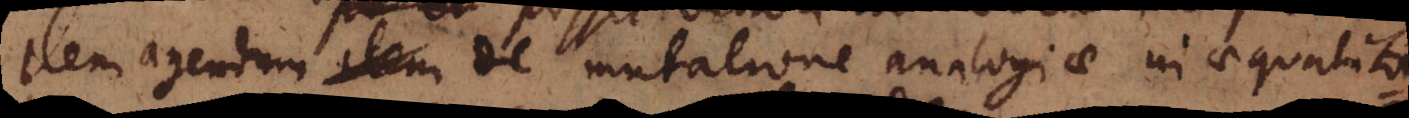
item agendum de mutatione analogiae in aequalita